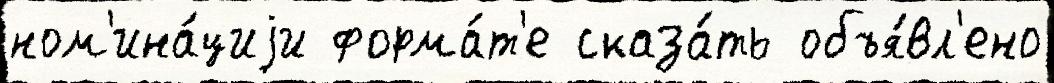
ном'ина́циjи форма́т'е сказа́ть объя́вл'ено